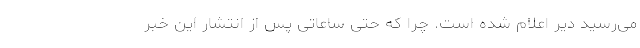
می‌رسید دیر اعلام شده است. چرا که حتی ساعاتی پس از انتشار این خبر